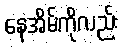
နေအိမ်ကိုလည်း